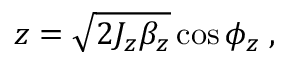
z = \sqrt { 2 J _ { z } \beta _ { z } } \cos { \phi _ { z } } \; ,